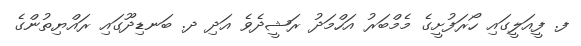
ފ. ފީއަލީގައި ހޯރަފުށީގެ މެމްބަރު އަހްމަދު ރަޝީދެވެ އަދި ދ. ބަނޑިދޫގައި ރައްޔިތުންގެ